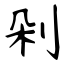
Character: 剁